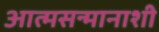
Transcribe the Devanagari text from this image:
आत्मसन्मानाशी